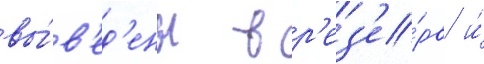
вы́в'ед'ены в р'ез'е́рв и́